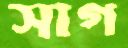
সাগ